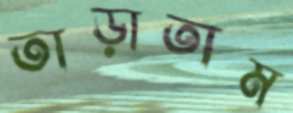
তাড়াতাম